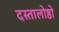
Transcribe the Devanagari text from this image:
दस्तालोष्ठो